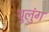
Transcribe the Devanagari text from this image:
थुलुंग